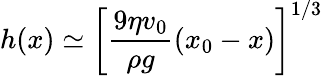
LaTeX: h(x)\simeq\left[\frac{9\eta v_{0}}{\rho g}\left(x_{0}-x\right)\right]^{1/3}